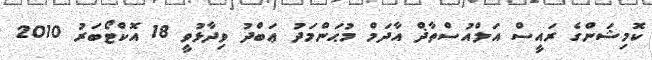
ކޮމިޝަންގެ ރައީސް އަލްއުސްތާޛް އާދަމް މުޙަންމަދު ޢަބްދު ވިދާޅުވީ 18 އޮކްޓޯބަރު 2010